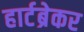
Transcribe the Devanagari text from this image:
हार्टब्रेकर